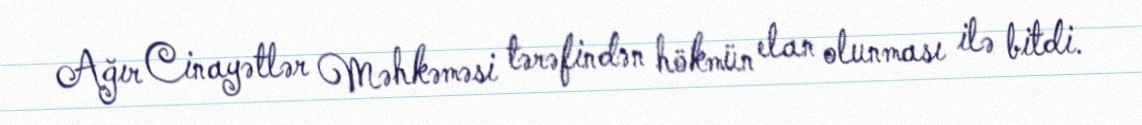
Ağır Cinayətlər Məhkəməsi tərəfindən hökmün elan olunması ilə bitdi.